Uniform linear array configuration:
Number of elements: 4
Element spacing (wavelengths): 0.75
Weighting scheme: binomial
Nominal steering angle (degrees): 30
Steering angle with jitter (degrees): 30.281
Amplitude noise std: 0.05
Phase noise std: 0.05

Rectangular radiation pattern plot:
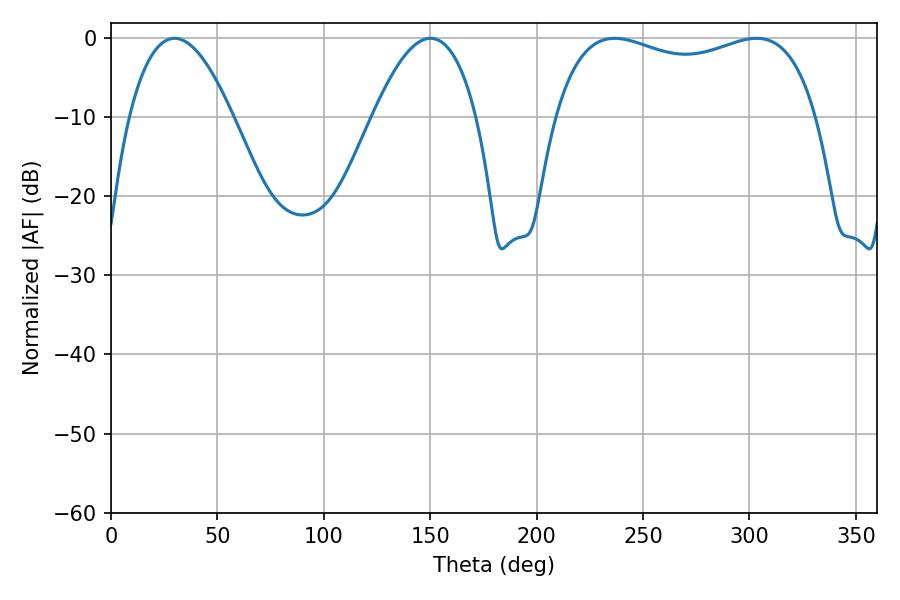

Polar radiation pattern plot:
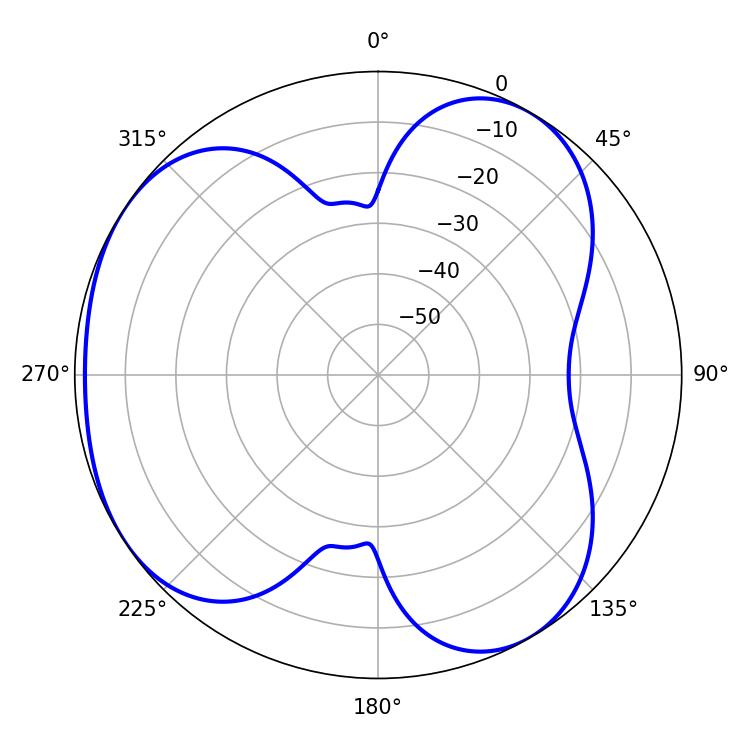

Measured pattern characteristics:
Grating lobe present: TRUE
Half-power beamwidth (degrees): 26.82
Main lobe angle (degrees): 29.88